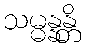
သမ္မန္နန္တိ